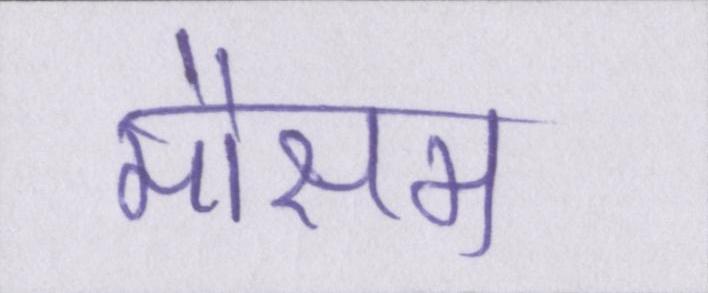
मौसम